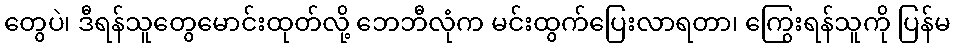
တွေပဲ၊ ဒီရန်သူတွေမောင်းထုတ်လို့ ဘေဘီလုံက မင်းထွက်ပြေးလာရတာ၊ ကြွေးရန်သူကို ပြန်မ